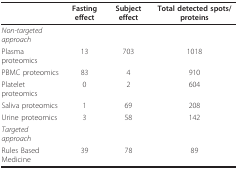
|  | Fasting effect | Subject effect | Total detected spots/proteins |
 | --- | --- | --- | --- |
 | Non-targeted approach |  |  |  |
 | Plasma proteomics | 13 | 703 | 1018 |
 | PBMC proteomics | 83 | 4 | 910 |
 | Platelet proteomics | 0 | 2 | 604 |
 | Saliva proteomics | 1 | 69 | 208 |
 | Urine proteomics | 3 | 58 | 142 |
 | Targeted approach |  |  |  |
 | Rules Based Medicine | 39 | 78 | 89 |